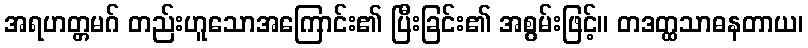
အရဟတ္တမဂ် တည်းဟူသောအကြောင်း၏ ပြီးခြင်း၏ အစွမ်းဖြင့်။ တဒတ္ထသာဓနတာယ၊